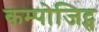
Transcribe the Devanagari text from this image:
कम्पोजिट्स